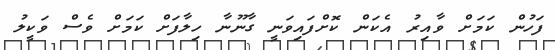
ފަހުން ކަމަށް ވާއިރު އެކަން ކޮށްފައިވަނީ ގާނޫނާ ހިލާފަށް ކަމަށް ވެސް ވަކީލު